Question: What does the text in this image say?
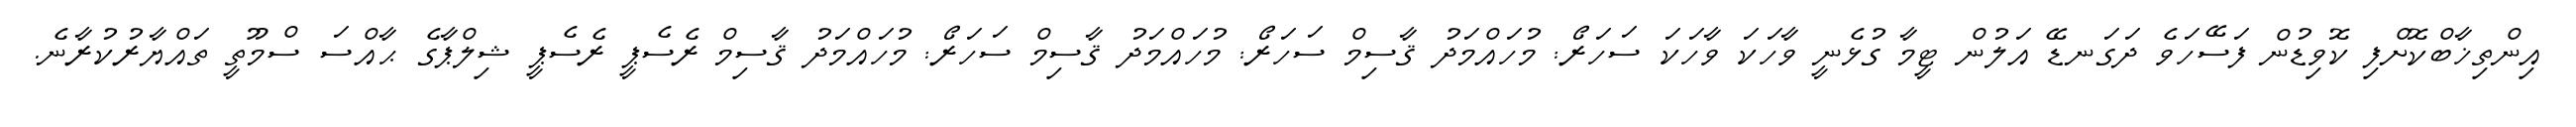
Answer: އިންތިޚާބްކޮށްފި ކޮވިޑުން ފަސޭހަވެ ދަގަނޑޭ އަލުން ޓީމާ ގުޅެނީ ވާހަކަ ވާހަކަ ސަހަރޯ: މުހައްމަދު ޤާސިމް ސަހަރޯ: މުހައްމަދު ޤާސިމް ސަހަރޯ: މުހައްމަދު ޤާސިމް ރެސެޕީ ރެސެޕީ ޝިލްޕާގެ ޙާއްސަ ސްމޫތީ ތައްޔާރުކުރާނެ.